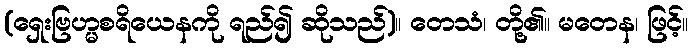
(ရှေးဗြဟ္မစရိယေနကို ရည်၍ ဆိုသည်)။ တေသံ၊ တို့၏။ မတေန၊ ဖြင့်။